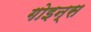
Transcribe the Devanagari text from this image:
गोइन्स